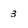
Character: 3